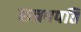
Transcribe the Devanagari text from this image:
छत्रपपति